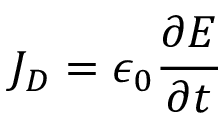
{ \boldsymbol { J _ { D } } } = \epsilon _ { 0 } { \frac { \partial { \boldsymbol { E } } } { \partial t } }